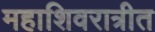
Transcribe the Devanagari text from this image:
महाशिवरात्रीत